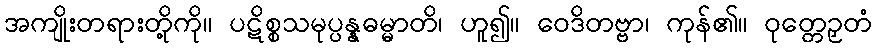
အကျိုးတရားတို့ကို။ ပဋိစ္စသမုပ္ပန္နဓမ္မာတိ၊ ဟူ၍။ ဝေဒိတဗ္ဗာ၊ ကုန်၏။ ဝုတ္တေဉှတံ